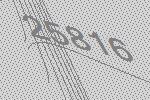
25816